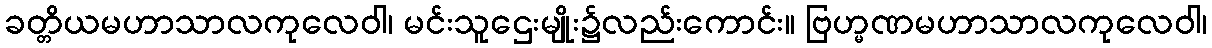
ခတ္တိယမဟာသာလကုလေဝါ၊ မင်းသူဌေးမျိုး၌လည်းကောင်း။ ဗြဟ္မဏမဟာသာလကုလေဝါ၊